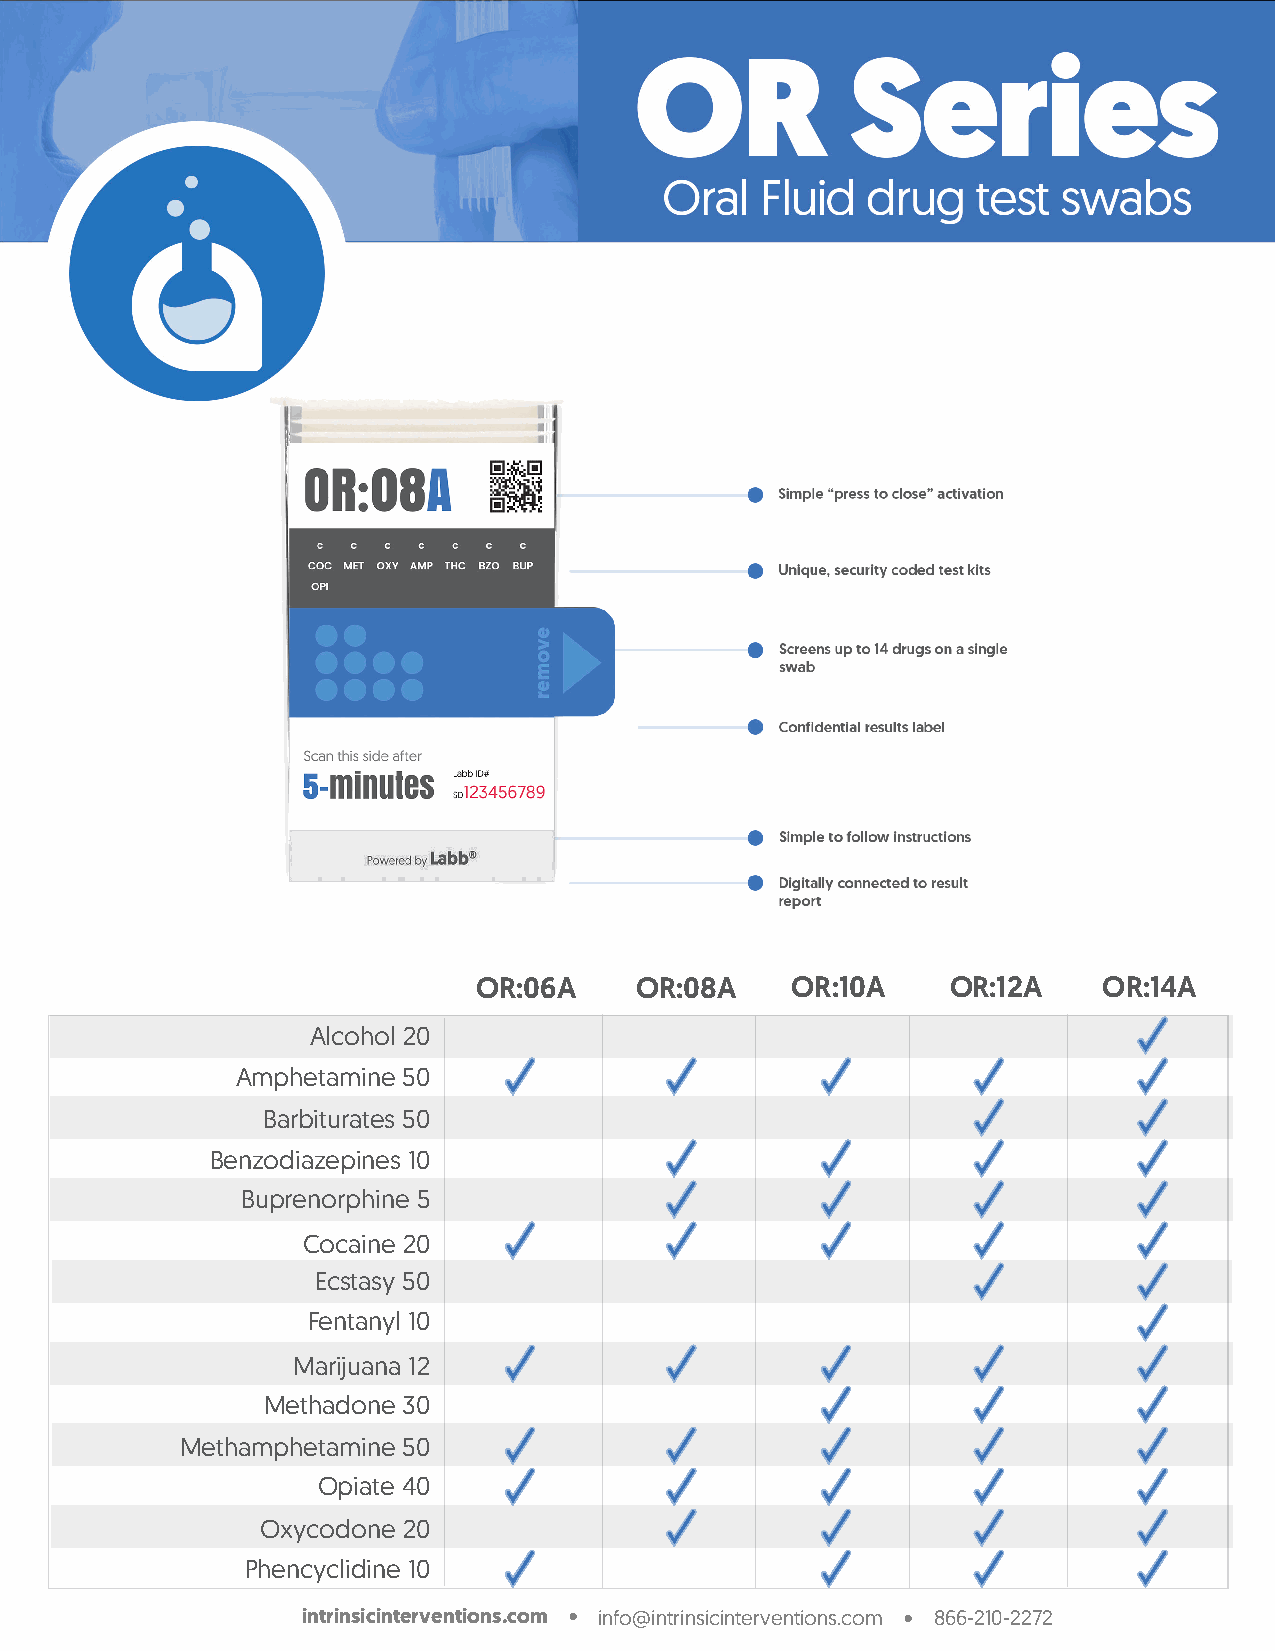
OR:06A    OR:08A    OR:10A     OR:12A    OR:14A
 Alcohol 20
 Amphetamine 50
 Barbiturates 50
 Benzodiazepines 10
 Buprenorphine 5
 Cocaine 20
 Ecstasy 50
 Fentanyl 10
 Marijuana 12
 Methadone 30
 Methamphetamine 50
 Opiate 40
 Oxycodone 20
 Phencyclidine 10
 intrinsicinterventions.com • info@intrinsicinterventions.com • 866-210-2272